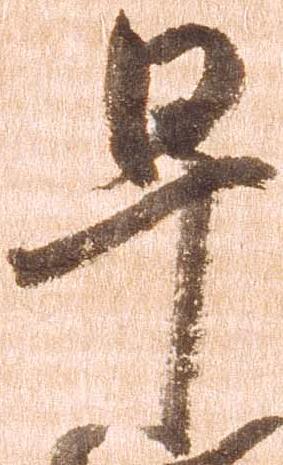
早